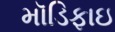
મૉડિફાઇ